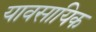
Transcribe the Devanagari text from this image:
यावसायिक